Civil Veterinary Dept. North-West Frontier Province 1901-22 - 1901-1922
Year: 1901
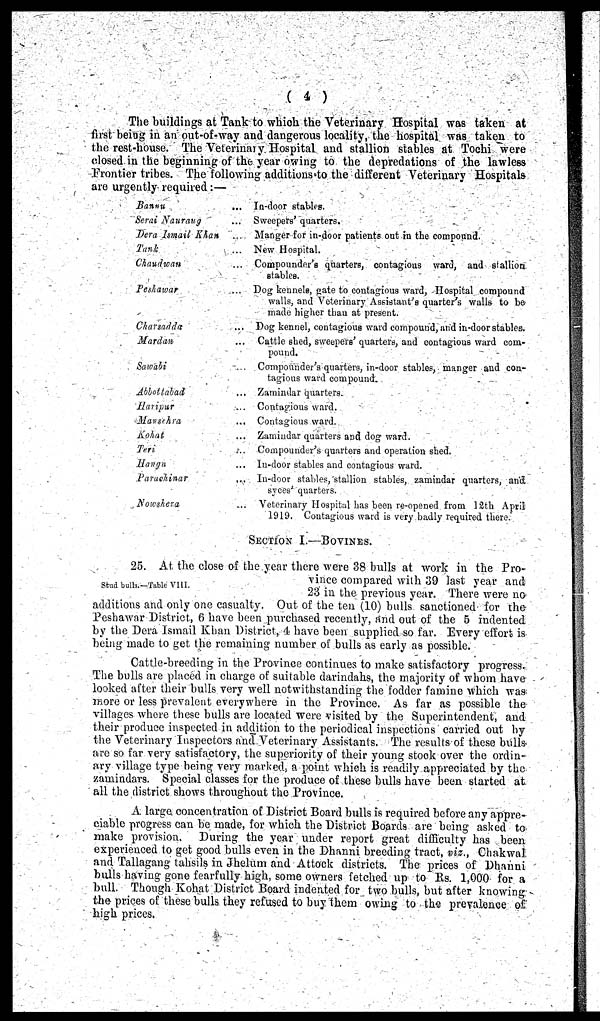
(4)
The buildings at Tank to which the Veterinary Hospital was taken at
first being in an out-of-way and dangerous locality, the hospital was taken to
the rest-house. The Veterinary Hospital and stallion stables at Tochi were
closed in the beginning of the year owing to the depredations of the lawless
Frontier tribes. The following additions to the different Veterinary Hospitals
are urgently required:—
Bannu...
Serai
Nauraug...
Dera Imail Khan...
Tank...
Chaudwan...
Peshawar...
Charsadda...
Mardan...
Sawabi...
Abbottabad...
Haripur...
Mansehra...
Kohat...
Teri...
Hangu...
Parachinar...
Nowshena...
In-door stables.
Sweepers' quarters.
Manger for in-door patients out in the compound.
New Hospital.
Compounder's quarters, contagious ward, and stallion
stables.
Dog kennels, gate to contagious ward, Hospital compound
walls, and Veterinary Assistant's quarter's walls to be
made higher than at present.
Dog kennel, contagious ward compound, and in-door stables.
Cattle shed, sweepers' quarters, and contagious ward com-
pound.
Compounder's quarters, in-door stables, manger and con-
tagious ward compound.
Zamindar quarters.
Contagious ward.
Contagious ward.
Zamindar quarters and dog ward.
Compounder's quarters and operation shed.
In-door stables and contagious ward.
In-door stables, stallion stables, zamindar quarters, and
syces' quarters.
Veterinary Hospital has been re-opened from 12th April
1919. Contagious ward is very badly required there.
SECTION I.—BOVINES.
Stud bulls.—Table VIII.
25. At the close of the year there were 38 bulls at work in the Pro-
vince compared with 39 last year and
23 in the previous year. There were no
additions and only one casualty. Out of the ten (10) bulls sanctioned for the
Peshawar District, 6 have been purchased recently, and out of the 5 indented
by the Dera Ismail Khan District, 4 have been supplied so far. Every effort is
being made to get the remaining number of bulls as early as possible.
Cattle-breeding in the Province continues to make satisfactory progress.
The bulls are placed in charge of suitable darindahs, the majority of whom have
looked after their bulls very well notwithstanding the fodder famine which was
more or less prevalent everywhere in the Province. As far as possible the
villages where these bulls are located were visited by the Superintendent, and
their produce inspected in addition to the periodical inspections carried out by
the Veterinary Inspectors and Veterinary Assistants. The results of these bulls
are so far very satisfactory, the superiority of their young stock over the ordin-
ary village type being very marked, a point which is readily appreciated by the
zamindars. Special classes for the produce of these bulls have been started at
all the district shows throughout the Province.
A large concentration of District Board bulls is required before any appre-
ciable progress can be made, for which the District Boards are being asked to
make provision. During the year under report great difficulty has been
experienced to get good bulls even in the Dhanni breeding tract, viz., Chakwal
and Tallagang tahsils in Jhelum and Attack districts. The prices of Dhanni
bulls having gone fearfully high, some owners fetched up to Rs. 1,000 for a
bull. Though Kohat District Board indented for two bulls, but after knowing
the prices of these bulls they refused to buy them owing to the prevalence of
high prices.